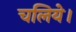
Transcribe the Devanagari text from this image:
चलिये।